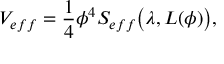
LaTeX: V _ { e f f } = { \frac { 1 } { 4 } } \phi ^ { 4 } S _ { e f f } { \big ( } \lambda , L ( \phi ) { \big ) } ,